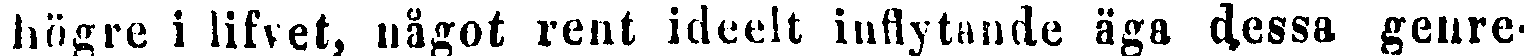
högre i lifvet, något rent ideelt inflytande äga dessa genre-